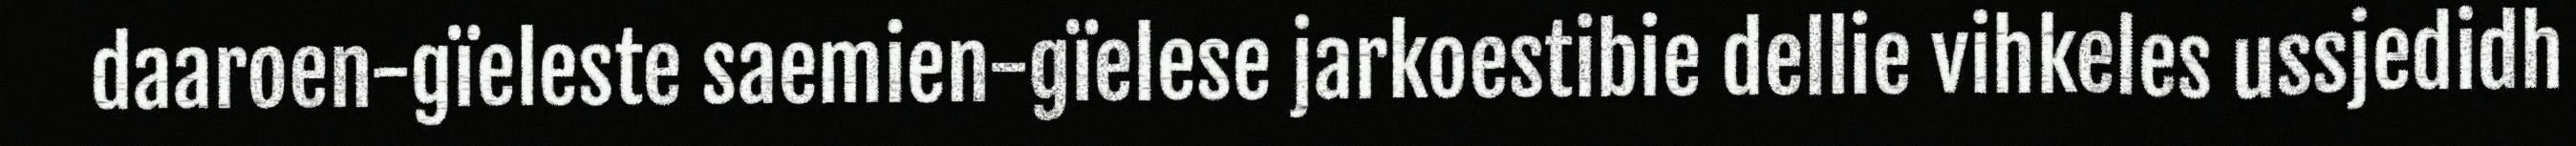
daaroen-gïeleste saemien-gïelese jarkoestibie dellie vihkeles ussjedidh